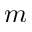
m